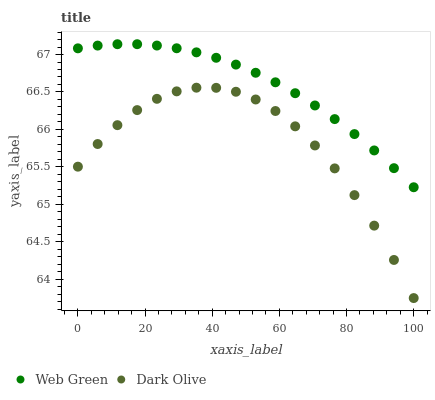
| xaxis_label | Web Green | Dark Olive |
 | --- | --- | --- |
 | 0 | 67.1 | 65.5 |
 | 5.88 | 67.1 | 65.8 |
 | 11.8 | 67.1 | 66.1 |
 | 17.6 | 67.1 | 66.3 |
 | 23.5 | 67.1 | 66.4 |
 | 29.4 | 67.1 | 66.5 |
 | 35.3 | 67 | 66.6 |
 | 41.2 | 67 | 66.6 |
 | 47.1 | 66.9 | 66.5 |
 | 52.9 | 66.8 | 66.4 |
 | 58.8 | 66.6 | 66.2 |
 | 64.7 | 66.5 | 66 |
 | 70.6 | 66.3 | 65.8 |
 | 76.5 | 66.1 | 65.5 |
 | 82.4 | 65.9 | 65.1 |
 | 88.2 | 65.7 | 64.7 |
 | 94.1 | 65.5 | 64.3 |
 | 100 | 65.2 | 63.7 |